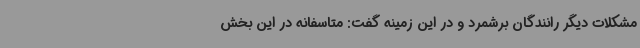
مشکلات دیگر رانندگان برشمرد و در این زمینه گفت: متاسفانه در این بخش